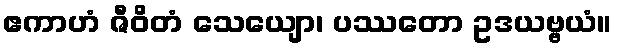
ဧကာဟံ ဇီဝိတံ သေယျော၊ ပဿတော ဥဒယဗ္ဗယံ။